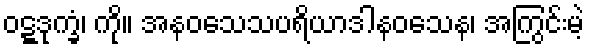
ဝဋ္ဋဒုက္ခံ၊ ကို။ အနဝသေသပရိယာဒါနဝသေန၊ အကြွင်းမဲ့